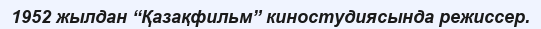
1952 жылдан “Қазақфильм” киностудиясында режиссер.